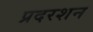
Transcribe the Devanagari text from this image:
प्रदरशन